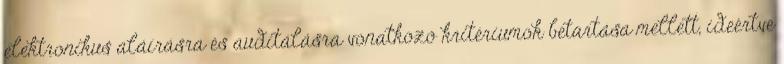
elektronikus aláírásra és auditálásra vonatkozó kritériumok betartása mellett, ideértve